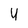
Character: 4